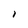
Character: I